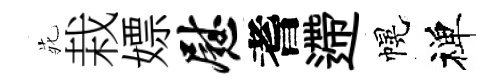
𫟍栽嫖慰耆遰幌禅